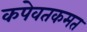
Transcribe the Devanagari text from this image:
कपेवतकमत